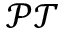
\mathcal { P T }